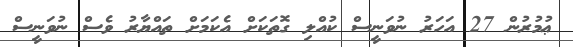
ޢުމުރުން 27 އަހަރު ނުވަނީސް ކުއްލި ގޮތަކަށް އެކަމަށް ތައްޔާރު ވެސް ނުވަނީސް